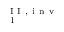
_ { \mathrm { ~ 1 ~ } } ^ { \mathrm { ~ I ~ I ~ , ~ i ~ n ~ v ~ } }